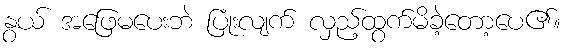
နွယ် အဖြေမပေးဘဲ ပြုံးလျက် လှည့်ထွက်မိခဲ့တော့ပေ၏။